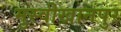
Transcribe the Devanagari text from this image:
मुस्वीखानपुर